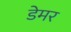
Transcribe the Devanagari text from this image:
डेमर